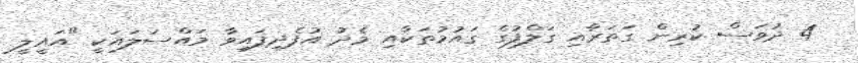
4 ދުވަަސް ކުރިން ގަތަރާއި ގަލްފުގެ ގައުމުތަކާއި މެދު އުފެދިފައިވާ މައްސަލައަކީ "އައީލީ